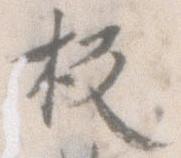
板